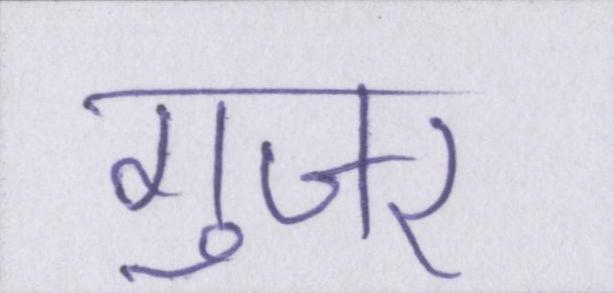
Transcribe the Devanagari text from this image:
गुजर